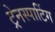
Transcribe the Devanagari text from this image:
ट्रेनस्पाटिंग